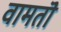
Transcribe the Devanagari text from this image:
वामतॊ